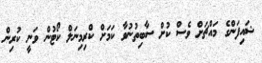
ޝައިފަންގެ މައްޗަށް ވެސް ކުށް ސާބިތުނުވާ ކަމަށް ކްރިމިނަލް ކޯޓުން ވަނީ ކުރިން